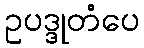
ဥပဒ္ဒုတံပေ